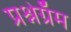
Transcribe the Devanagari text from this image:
प्रश्नेग्रॅम